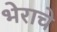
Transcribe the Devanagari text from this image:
भेराचे